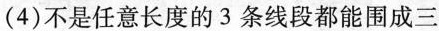
( 4 )不是任意长度的3条线段都能围成三